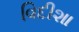
વિદીશા